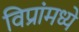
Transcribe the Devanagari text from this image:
विप्रांमध्ये